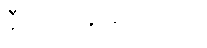
နီးပါးပို များပါတယ်။